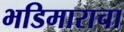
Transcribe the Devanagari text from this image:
भडिमाराचा